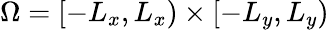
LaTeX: \Omega=[-L_{x},L_{x})\times[-L_{y},L_{y})